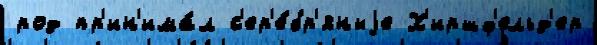
род пр'ин'има́л с'ер'е́бр'яныjе Х'иршф'ельд'ер